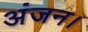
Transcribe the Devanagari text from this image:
अंजन।